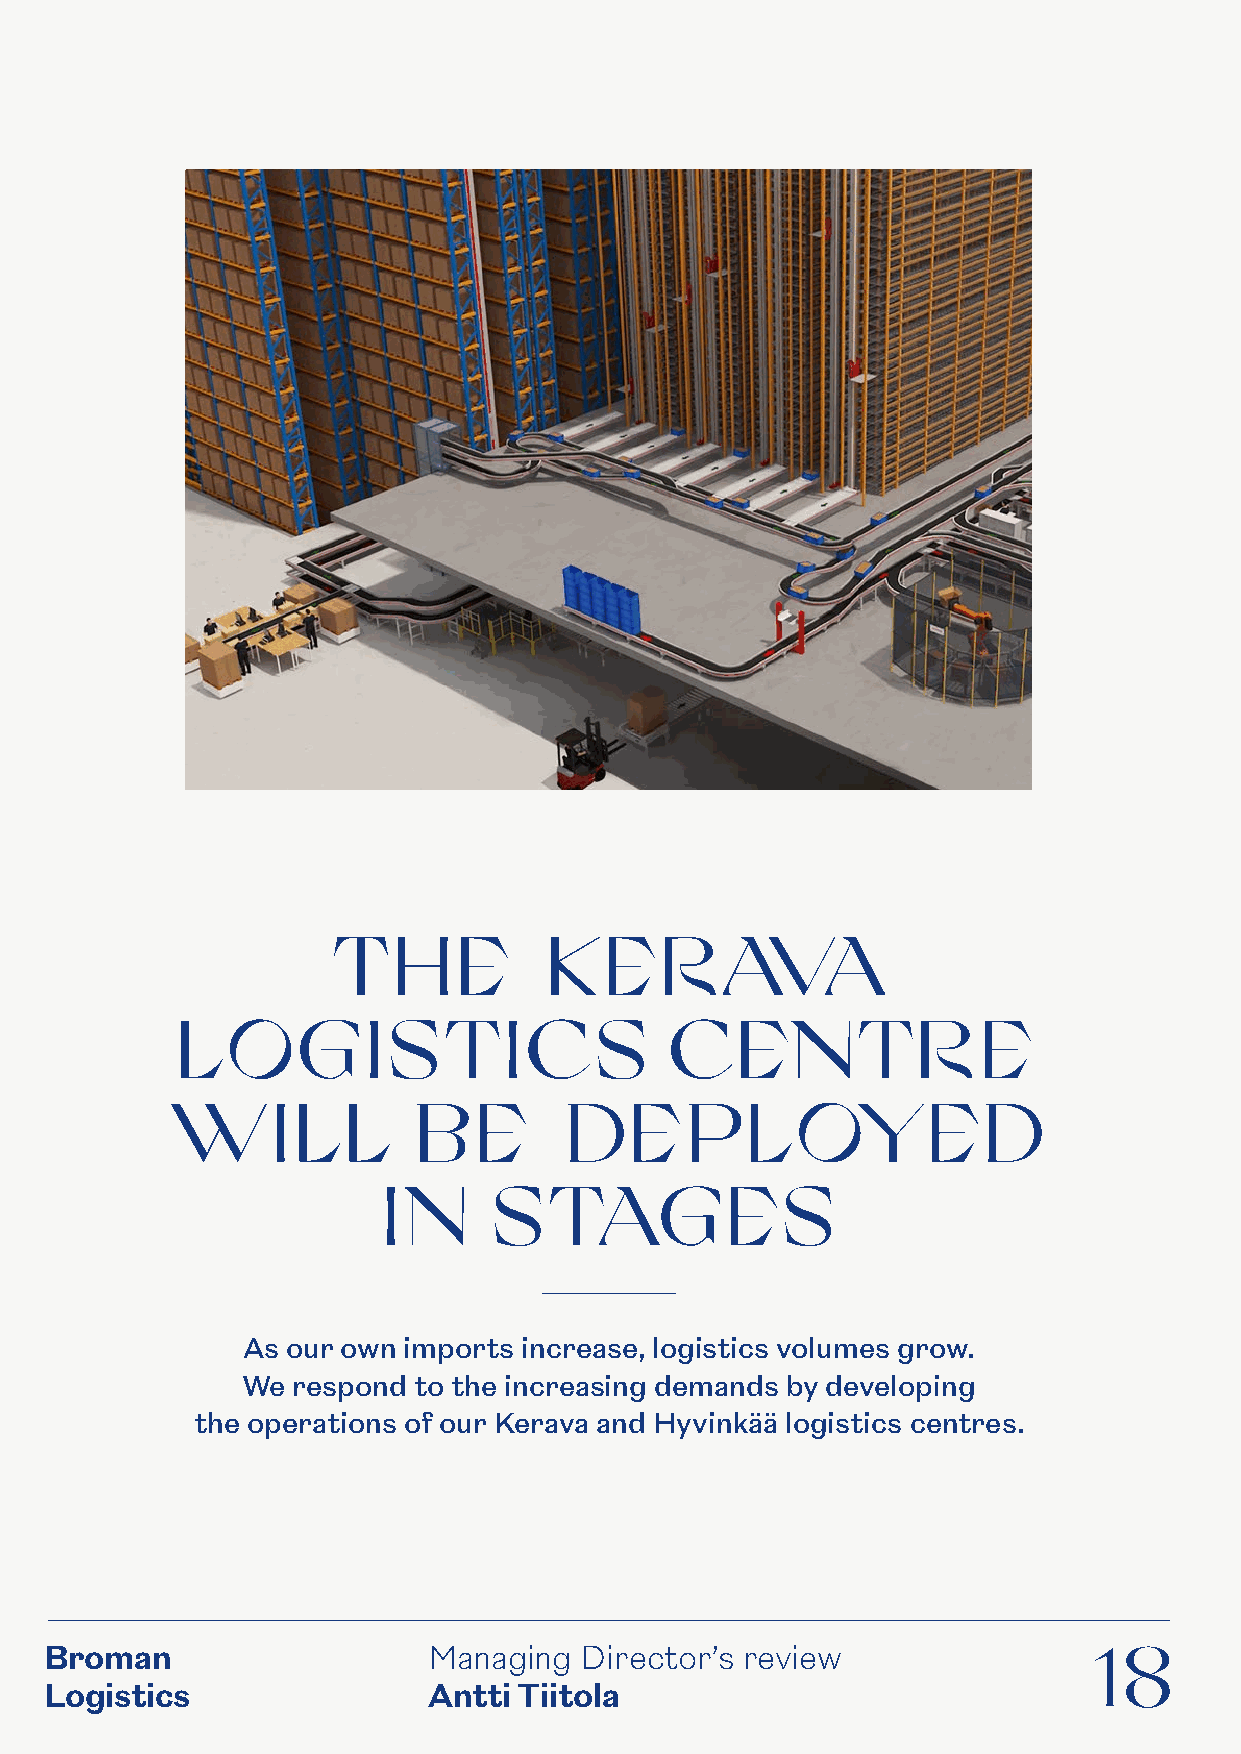
TH      E     KERAVA
 L  OGISTICS                     CENTRE
 W      ILL      BE        DEPL            OYED
 IN      STAGES
 As our own imports increase, logistics volumes grow.
 We respond to the increasing demands by developing
 the operations of our Kerava and Hyvinkää logistics centres.
 Broman                   Managing  Director’s review                 18
 Logistics                Antti Tiitola